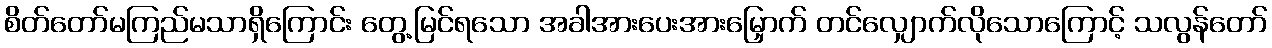
စိတ်တော်မကြည်မသာရှိကြောင်း တွေ့မြင်ရသော အခါအားပေးအားမြှောက် တင်လျှောက်လိုသောကြောင့် သလွန်တော်